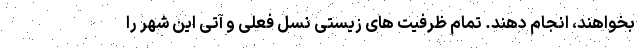
بخواهند، انجام دهند. تمام ظرفیت های زیستی نسل فعلی و آتی این شهر را